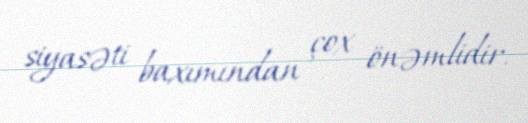
siyasəti baxımından çox önəmlidir.